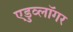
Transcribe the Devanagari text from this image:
एडुव्लॉगर